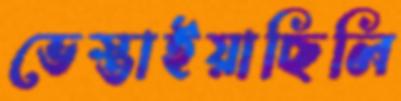
ভেস্তাইয়াছিলি